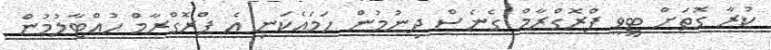
ކުރާ ގޮތަށް ޓީވީ ޕްރޮގްރާމް ގެނެސް ދިނުމުން ހަމައެކަނި އެ ޕްރޮގްރާމް ހުއްޓާލުމުން